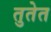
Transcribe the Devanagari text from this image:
तुतेत